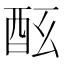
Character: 𨠀